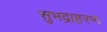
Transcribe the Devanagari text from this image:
सुभद्राहरण